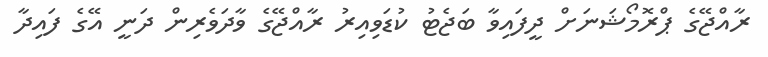
ރާއްޖޭގެ ޕްރޮމޯޝަނަށް ދީފައިވާ ބަޖެޓު ކުޑަވިއިރު ރާއްޖޭގެ ވާދަވެރިން ދަނީ އޭގެ ފައިދާ